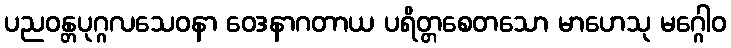
ပညဝန္တပုဂ္ဂလသေဝနာ ဝေဒနာဂတာယ ပရိတ္တစေတသော မာဟေသု မဂ္ဂေါဝ